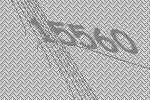
15560